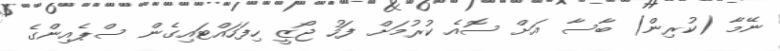
ނޭމާ (ކުރިން) ބާސާ އަށް ސޮއެ ކުރުމަށް ފަހު ޖޯޒީ ހިފަހައްޓައިގެން ސްޕެއިންގެ